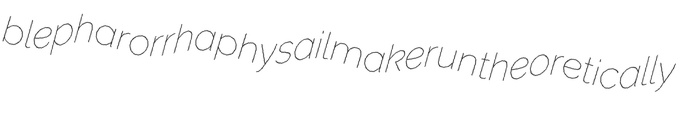
blepharorrhaphy sailmaker untheoretically